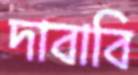
দাবাবি